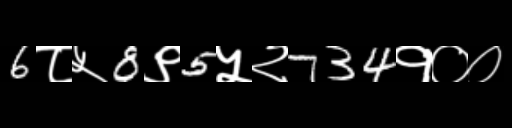
Text: 6८५8९5५२734१००